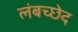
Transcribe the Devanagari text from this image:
लंबच्छेद